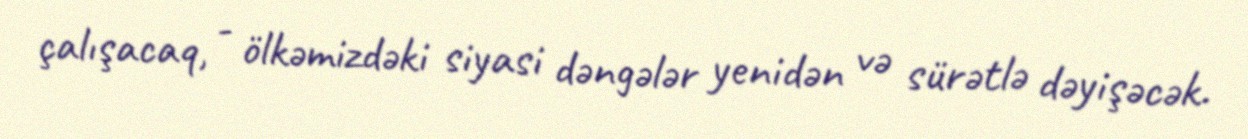
çalışacaq, - ölkəmizdəki siyasi dəngələr yenidən və sürətlə dəyişəcək.